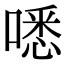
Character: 㗭